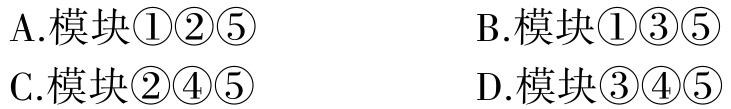
A.模块\textcircled{1}\textcircled{2}\textcircled{5} \quad B.模块\textcircled{1}\textcircled{3}\textcircled{5} \\
C.模块\textcircled{2}\textcircled{4}\textcircled{5} \quad D.模块\textcircled{3}\textcircled{4}\textcircled{5}